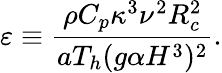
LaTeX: \varepsilon\equiv\frac{\rho C_{p}\kappa^{3}\nu^{2}R_{c}^{2}}{aT_{h}(g\alpha H^{3})^{2}}.